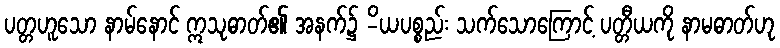
ပတ္တဟူသော နာမ်နောင် ဣသုဓာတ်၏ အနက်၌ -ိယပစ္စည်း သက်သောကြောင့် ပတ္တီယကို နာမဓာတ်ဟု